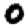
Digit: 0